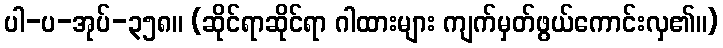
ပါ-ပ-အုပ်-၃၅၈။ (ဆိုင်ရာဆိုင်ရာ ဂါထားများ ကျက်မှတ်ဖွယ်ကောင်းလှ၏။)